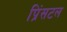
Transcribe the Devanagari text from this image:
प्रिंसटल